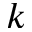
k